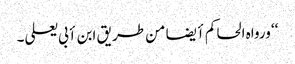
‘‘ ورواہ الحاکم أیضا من طریق ابن أبی یعلی۔